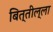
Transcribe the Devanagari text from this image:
बित्तील्ला